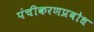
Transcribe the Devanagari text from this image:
पंचीकरणप्रबोध